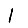
Digit: 1